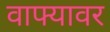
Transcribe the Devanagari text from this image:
वाफ्यावर